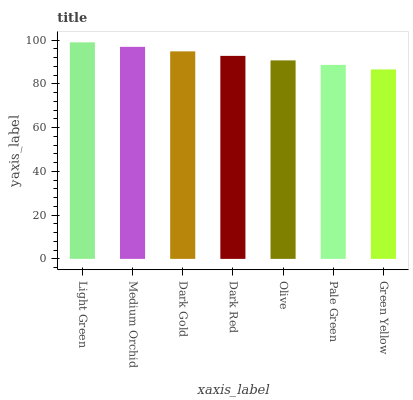
| xaxis_label | bars |
 | --- | --- |
 | Light Green | 99 |
 | Medium Orchid | 96.9 |
 | Dark Gold | 94.9 |
 | Dark Red | 92.8 |
 | Olive | 90.7 |
 | Pale Green | 88.7 |
 | Green Yellow | 86.6 |